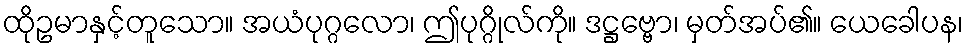
ထိုဥမာနှင့်တူသော။ အယံပုဂ္ဂလော၊ ဤပုဂ္ဂိုလ်ကို။ ဒဋ္ဌဗ္ဗော၊ မှတ်အပ်၏။ ယေခေါပန၊